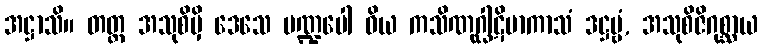
အဋ္ဌာသိ။ တတ္ထ အသုစိမှိ ဒေသေ မဏ္ဍပေါ ဝိယ ကသိဏုဂ္ဃါဋိမာကာသံ ဒဋ္ဌဗ္ဗံ, အသုစိဇိဂုစ္ဆာယ